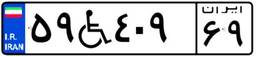
۵۹W۴۰۹۶۹